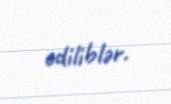
ediliblər.